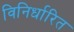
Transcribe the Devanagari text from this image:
विनिर्धारित